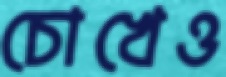
চোখেও